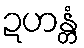
ဍဟန္တံ